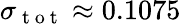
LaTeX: \sigma_{\mathrm{~t~o~t~}}\approx 0.1075